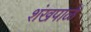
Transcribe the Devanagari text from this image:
शंखपाळे